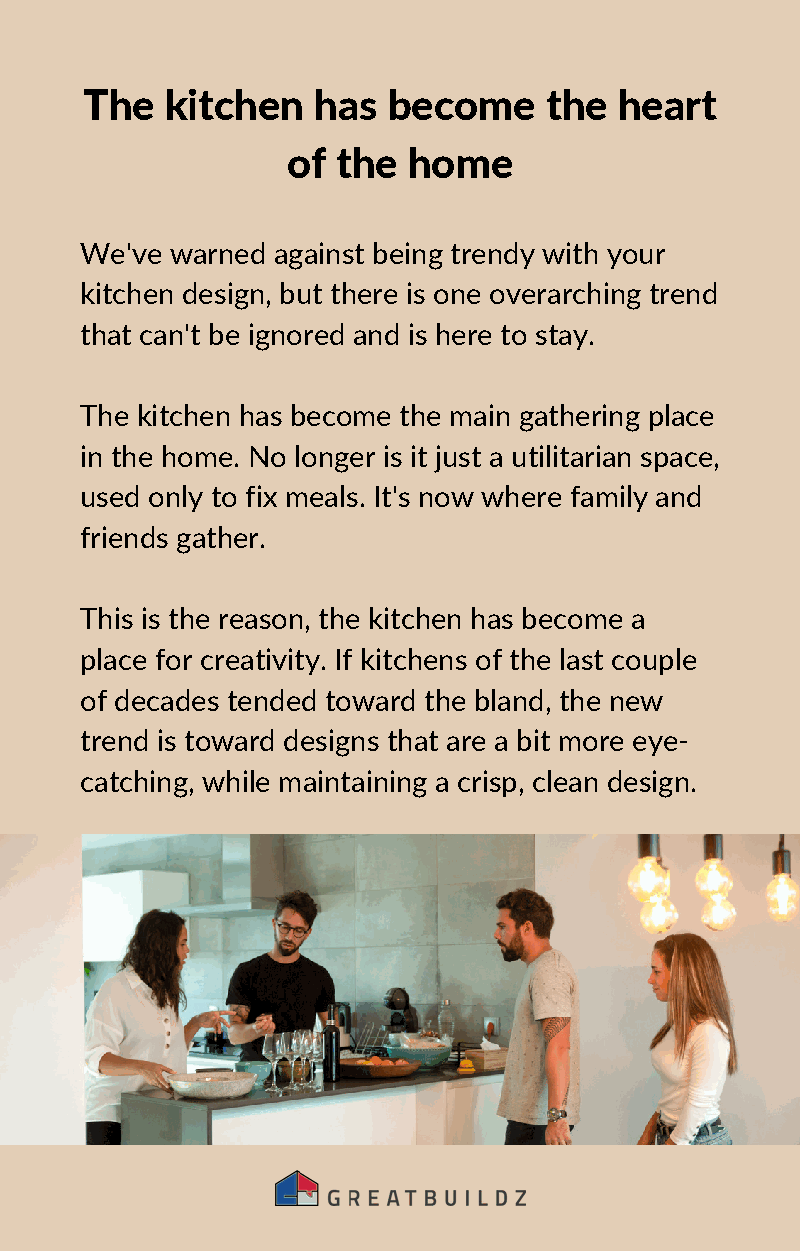
The  kitchen   has  become    the  heart
 of the  home
 We've warned against being trendy with your
 kitchen design, but there is one overarching trend
 that can't be ignored and is here to stay.
 The kitchen has become the main gathering place
 in the home. No longer is it just a utilitarian space,
 used only to fix meals. It's now where family and
 friends gather.
 This is the reason, the kitchen has become a
 place for creativity. If kitchens of the last couple
 of decades tended toward the bland, the new
 trend is toward designs that are a bit more eye-
 catching, while maintaining a crisp, clean design.